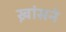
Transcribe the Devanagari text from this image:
ख़ांसने